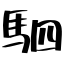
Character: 駟